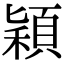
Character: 穎